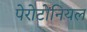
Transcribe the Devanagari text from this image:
पेरोटोनियल